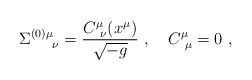
\begin{align*}\Sigma^{(0)\mu}_{\quad \ \nu} = {C^\mu_{\ \nu} (x^\mu) \over \sqrt{-g} } \ , \quad C^\mu_{\ \mu} =0 \ ,\end{align*}